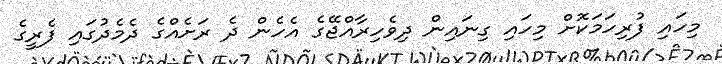
މިހައި ފުރިހަމަކޮށް މިހައި ގިނައިން ދިވެހިރާއްޖޭގެ އެހެން ދެ ރަށެއްގެ ދެމެދުގައި ފެރީގެ